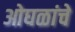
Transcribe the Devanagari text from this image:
ओघळांचे